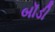
બૉડી